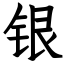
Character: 银